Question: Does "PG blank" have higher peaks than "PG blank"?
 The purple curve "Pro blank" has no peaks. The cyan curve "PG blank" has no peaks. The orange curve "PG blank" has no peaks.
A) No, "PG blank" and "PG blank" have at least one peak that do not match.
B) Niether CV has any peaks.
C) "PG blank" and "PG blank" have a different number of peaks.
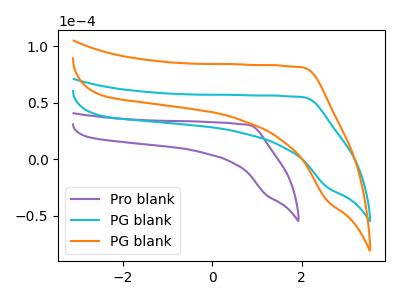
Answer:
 <answer>B) Niether CV has any peaks.</answer>
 <eval>B</eval>